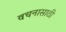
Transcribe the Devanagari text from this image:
वचनासाठी